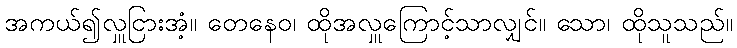
အကယ်၍လှူငြားအံ့။ တေနေဝ၊ ထိုအလှူကြောင့်သာလျှင်။ သော၊ ထိုသူသည်။